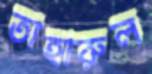
তাহারুল